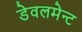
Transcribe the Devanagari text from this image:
डेवलमेन्ट